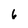
Character: 6